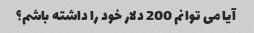
آیا می توانم 200 دلار خود را داشته باشم؟